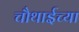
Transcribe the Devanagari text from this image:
चौथाईच्या